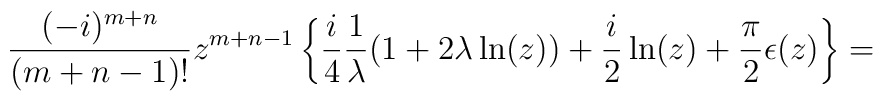
\frac {(-i)^{m+n}} {(m+n-1)!} z^{m+n-1}\left\{\frac {i} {4}\frac {1} {\lambda} (1+2\lambda\ln(z)) +\frac {i} {2}\ln(z)+ \frac {\pi} {2} \epsilon(z)\right\}=